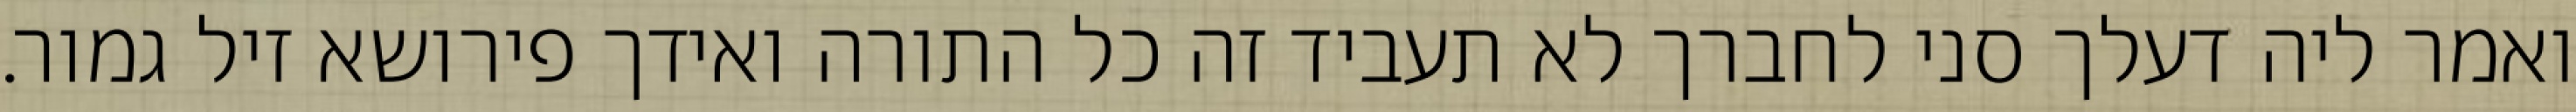
ואמר ליה דעלך סני לחברך לא תעביד זה כל התורה ואידך פירושא זיל גמור.